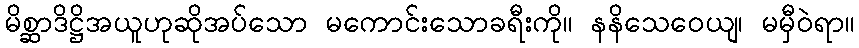
မိစ္ဆာဒိဋ္ဌိအယူဟုဆိုအပ်သော မကောင်းသောခရီးကို။ နနိသေဝေယျ၊ မမှီဝဲရာ။